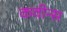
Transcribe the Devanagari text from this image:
कवीन्स